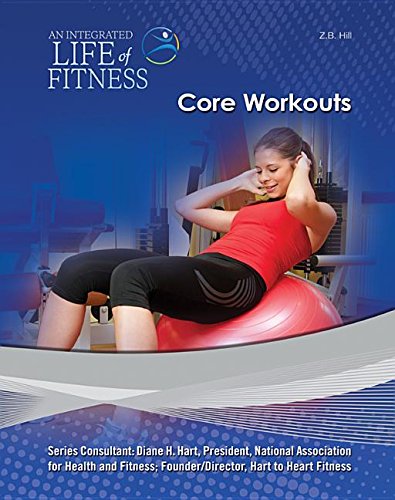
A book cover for Core Workouts (An Integrated Life of Fitness); Z. B. Hill; Teen & Young Adult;